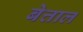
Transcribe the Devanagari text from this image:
बेत्ताल